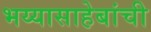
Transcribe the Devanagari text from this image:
भय्यासाहेबांची